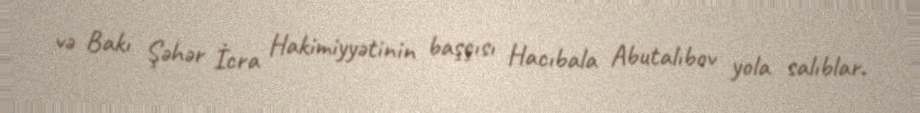
və Bakı Şəhər İcra Hakimiyyətinin başçısı Hacıbala Abutalıbov yola salıblar.